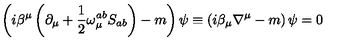
\left( i \beta ^ { \mu } \left( \partial _ { \mu } + \frac { 1 } { 2 } \omega _ { \mu } ^ { a b } S _ { a b } \right) - m \right) \psi \equiv \left( i \beta _ { \mu } \nabla ^ { \mu } - m \right) \psi = 0